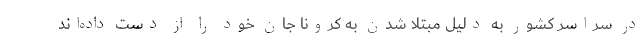
در سراسر کشور به دلیل مبتلا شدن به کرونا جان خود را از دست داده‌اند